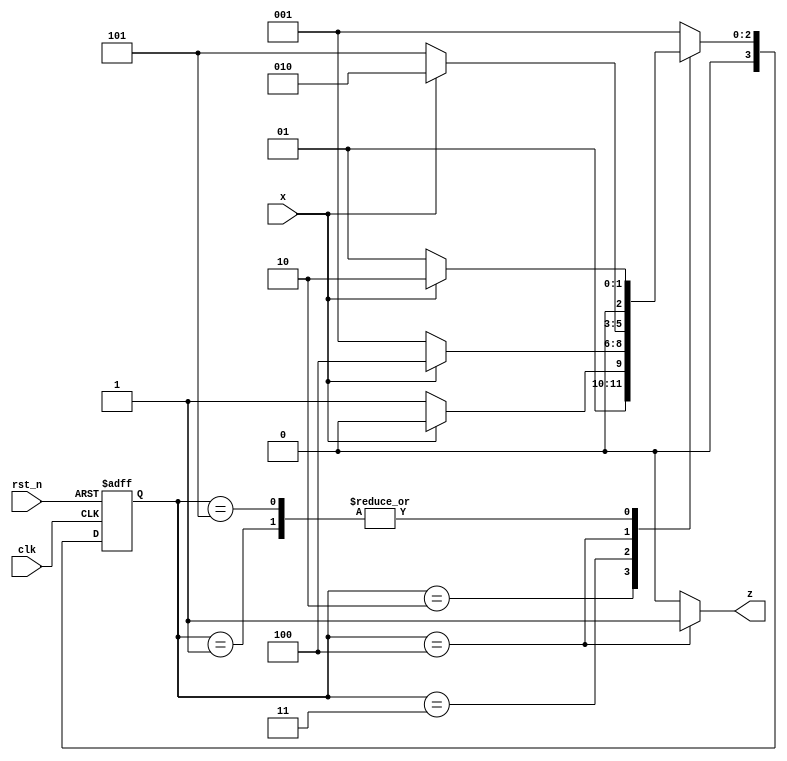
module moore_det_nonov(
    input wire clk, rst_n, x, 
    output reg z
);

    parameter A = 3'd1;
    parameter B = 3'd2;
    parameter C = 3'd3;
    parameter D = 3'd4;
    parameter E = 3'd5; // extra state when compared with Mealy Machine
  
    reg [3:0] curr_state, next_state;

    always @(posedge clk or negedge rst_n) begin
        if(!rst_n) begin
            curr_state <= A;
        end 

        else begin
            curr_state <= next_state;
        end 
    end
    
    always @(curr_state or x) begin
        case(curr_state)
            A: next_state = x ? B : A;  
            B: next_state = x ? B : C;
            C: next_state = x ? D : A;
            D: next_state = x ? B : E;
            E: next_state = x ? B : A;
            default: next_state = A;
        endcase
    end

    // assign z = (curr_state == D)? 1:0;  // if output z is not reg

    always @(curr_state) begin
        z = (curr_state == D) ? 1:0;
    end

endmodule